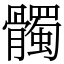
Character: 髑